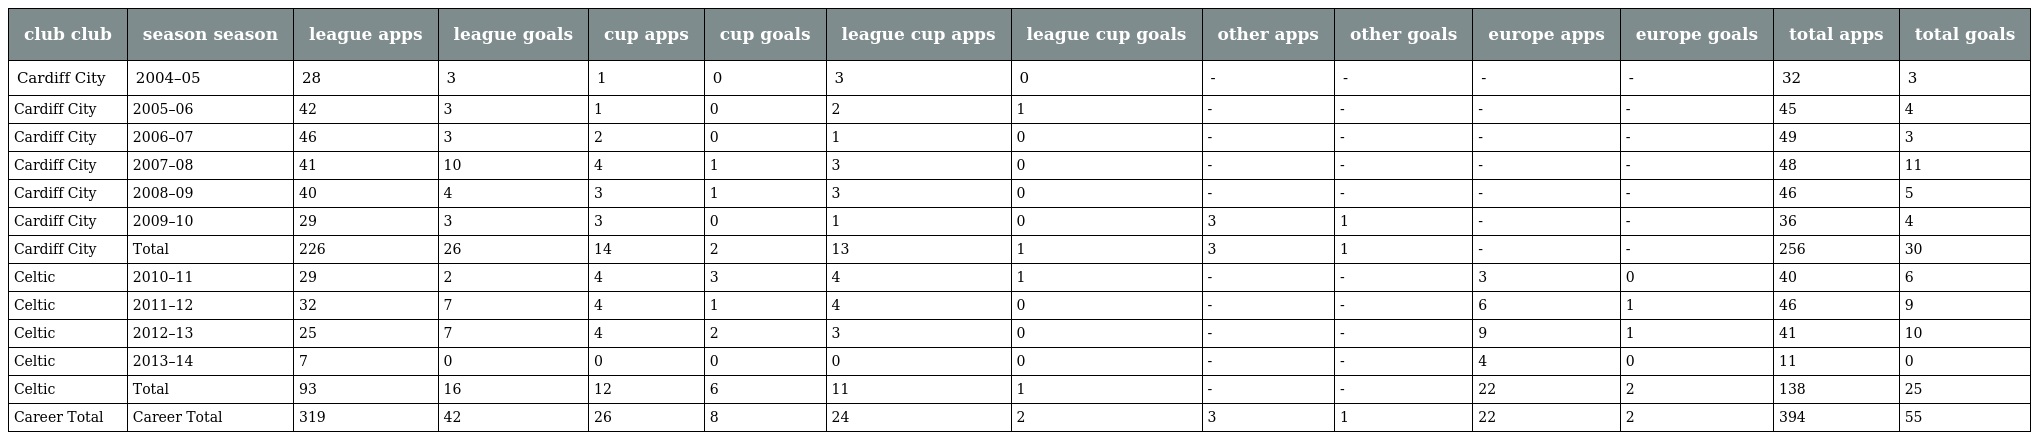
| club club | season season | league apps | league goals | cup apps | cup goals | league cup apps | league cup goals | other apps | other goals | europe apps | europe goals | total apps | total goals |
 | --- | --- | --- | --- | --- | --- | --- | --- | --- | --- | --- | --- | --- | --- |
 | Cardiff City | 2004–05 | 28 | 3 | 1 | 0 | 3 | 0 | - | - | - | - | 32 | 3 |
 | Cardiff City | 2005–06 | 42 | 3 | 1 | 0 | 2 | 1 | - | - | - | - | 45 | 4 |
 | Cardiff City | 2006–07 | 46 | 3 | 2 | 0 | 1 | 0 | - | - | - | - | 49 | 3 |
 | Cardiff City | 2007–08 | 41 | 10 | 4 | 1 | 3 | 0 | - | - | - | - | 48 | 11 |
 | Cardiff City | 2008–09 | 40 | 4 | 3 | 1 | 3 | 0 | - | - | - | - | 46 | 5 |
 | Cardiff City | 2009–10 | 29 | 3 | 3 | 0 | 1 | 0 | 3 | 1 | - | - | 36 | 4 |
 | Cardiff City | Total | 226 | 26 | 14 | 2 | 13 | 1 | 3 | 1 | - | - | 256 | 30 |
 | Celtic | 2010–11 | 29 | 2 | 4 | 3 | 4 | 1 | - | - | 3 | 0 | 40 | 6 |
 | Celtic | 2011–12 | 32 | 7 | 4 | 1 | 4 | 0 | - | - | 6 | 1 | 46 | 9 |
 | Celtic | 2012–13 | 25 | 7 | 4 | 2 | 3 | 0 | - | - | 9 | 1 | 41 | 10 |
 | Celtic | 2013–14 | 7 | 0 | 0 | 0 | 0 | 0 | - | - | 4 | 0 | 11 | 0 |
 | Celtic | Total | 93 | 16 | 12 | 6 | 11 | 1 | - | - | 22 | 2 | 138 | 25 |
 | Career Total | Career Total | 319 | 42 | 26 | 8 | 24 | 2 | 3 | 1 | 22 | 2 | 394 | 55 |